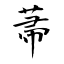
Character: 菷